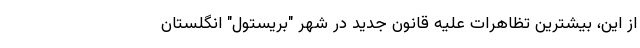
از این، بیشترین تظاهرات علیه قانون جدید در شهر "بریستول" انگلستان